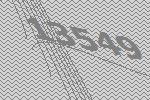
13549